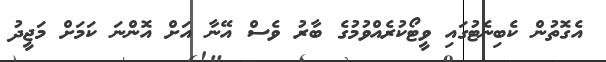
އެގޮތުން ކެބިނެޓުގައި ވީޓޯކުރެއްވުމުގެ ބާރު ވެސް އޭނާ އަށް އޮންނަ ކަމަށް މަޖީދު